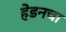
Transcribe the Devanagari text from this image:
हेडनचा